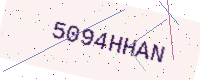
Text: 5094HHAN